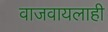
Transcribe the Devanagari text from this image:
वाजवायलाही